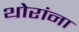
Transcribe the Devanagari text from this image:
थोरांना